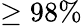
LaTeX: \geq 98\%